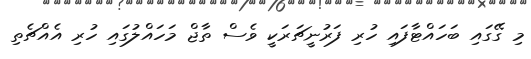
މި ގޭގައި ބަހައްޓާފައި ހުރި ފަރުނީޗަރަކީ ވެސް ތާޖް މަހައްލުގައި ހުރި އެއްޗެތި